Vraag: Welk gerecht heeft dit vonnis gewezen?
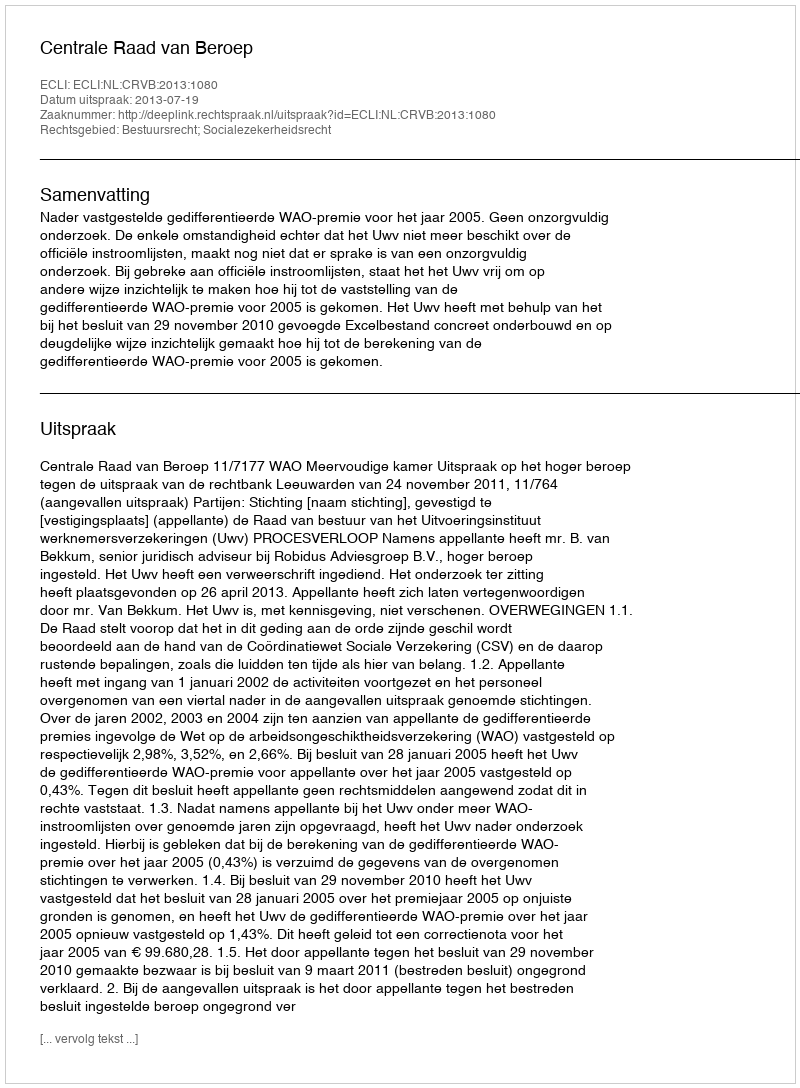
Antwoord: Centrale Raad van Beroep